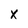
Character: x